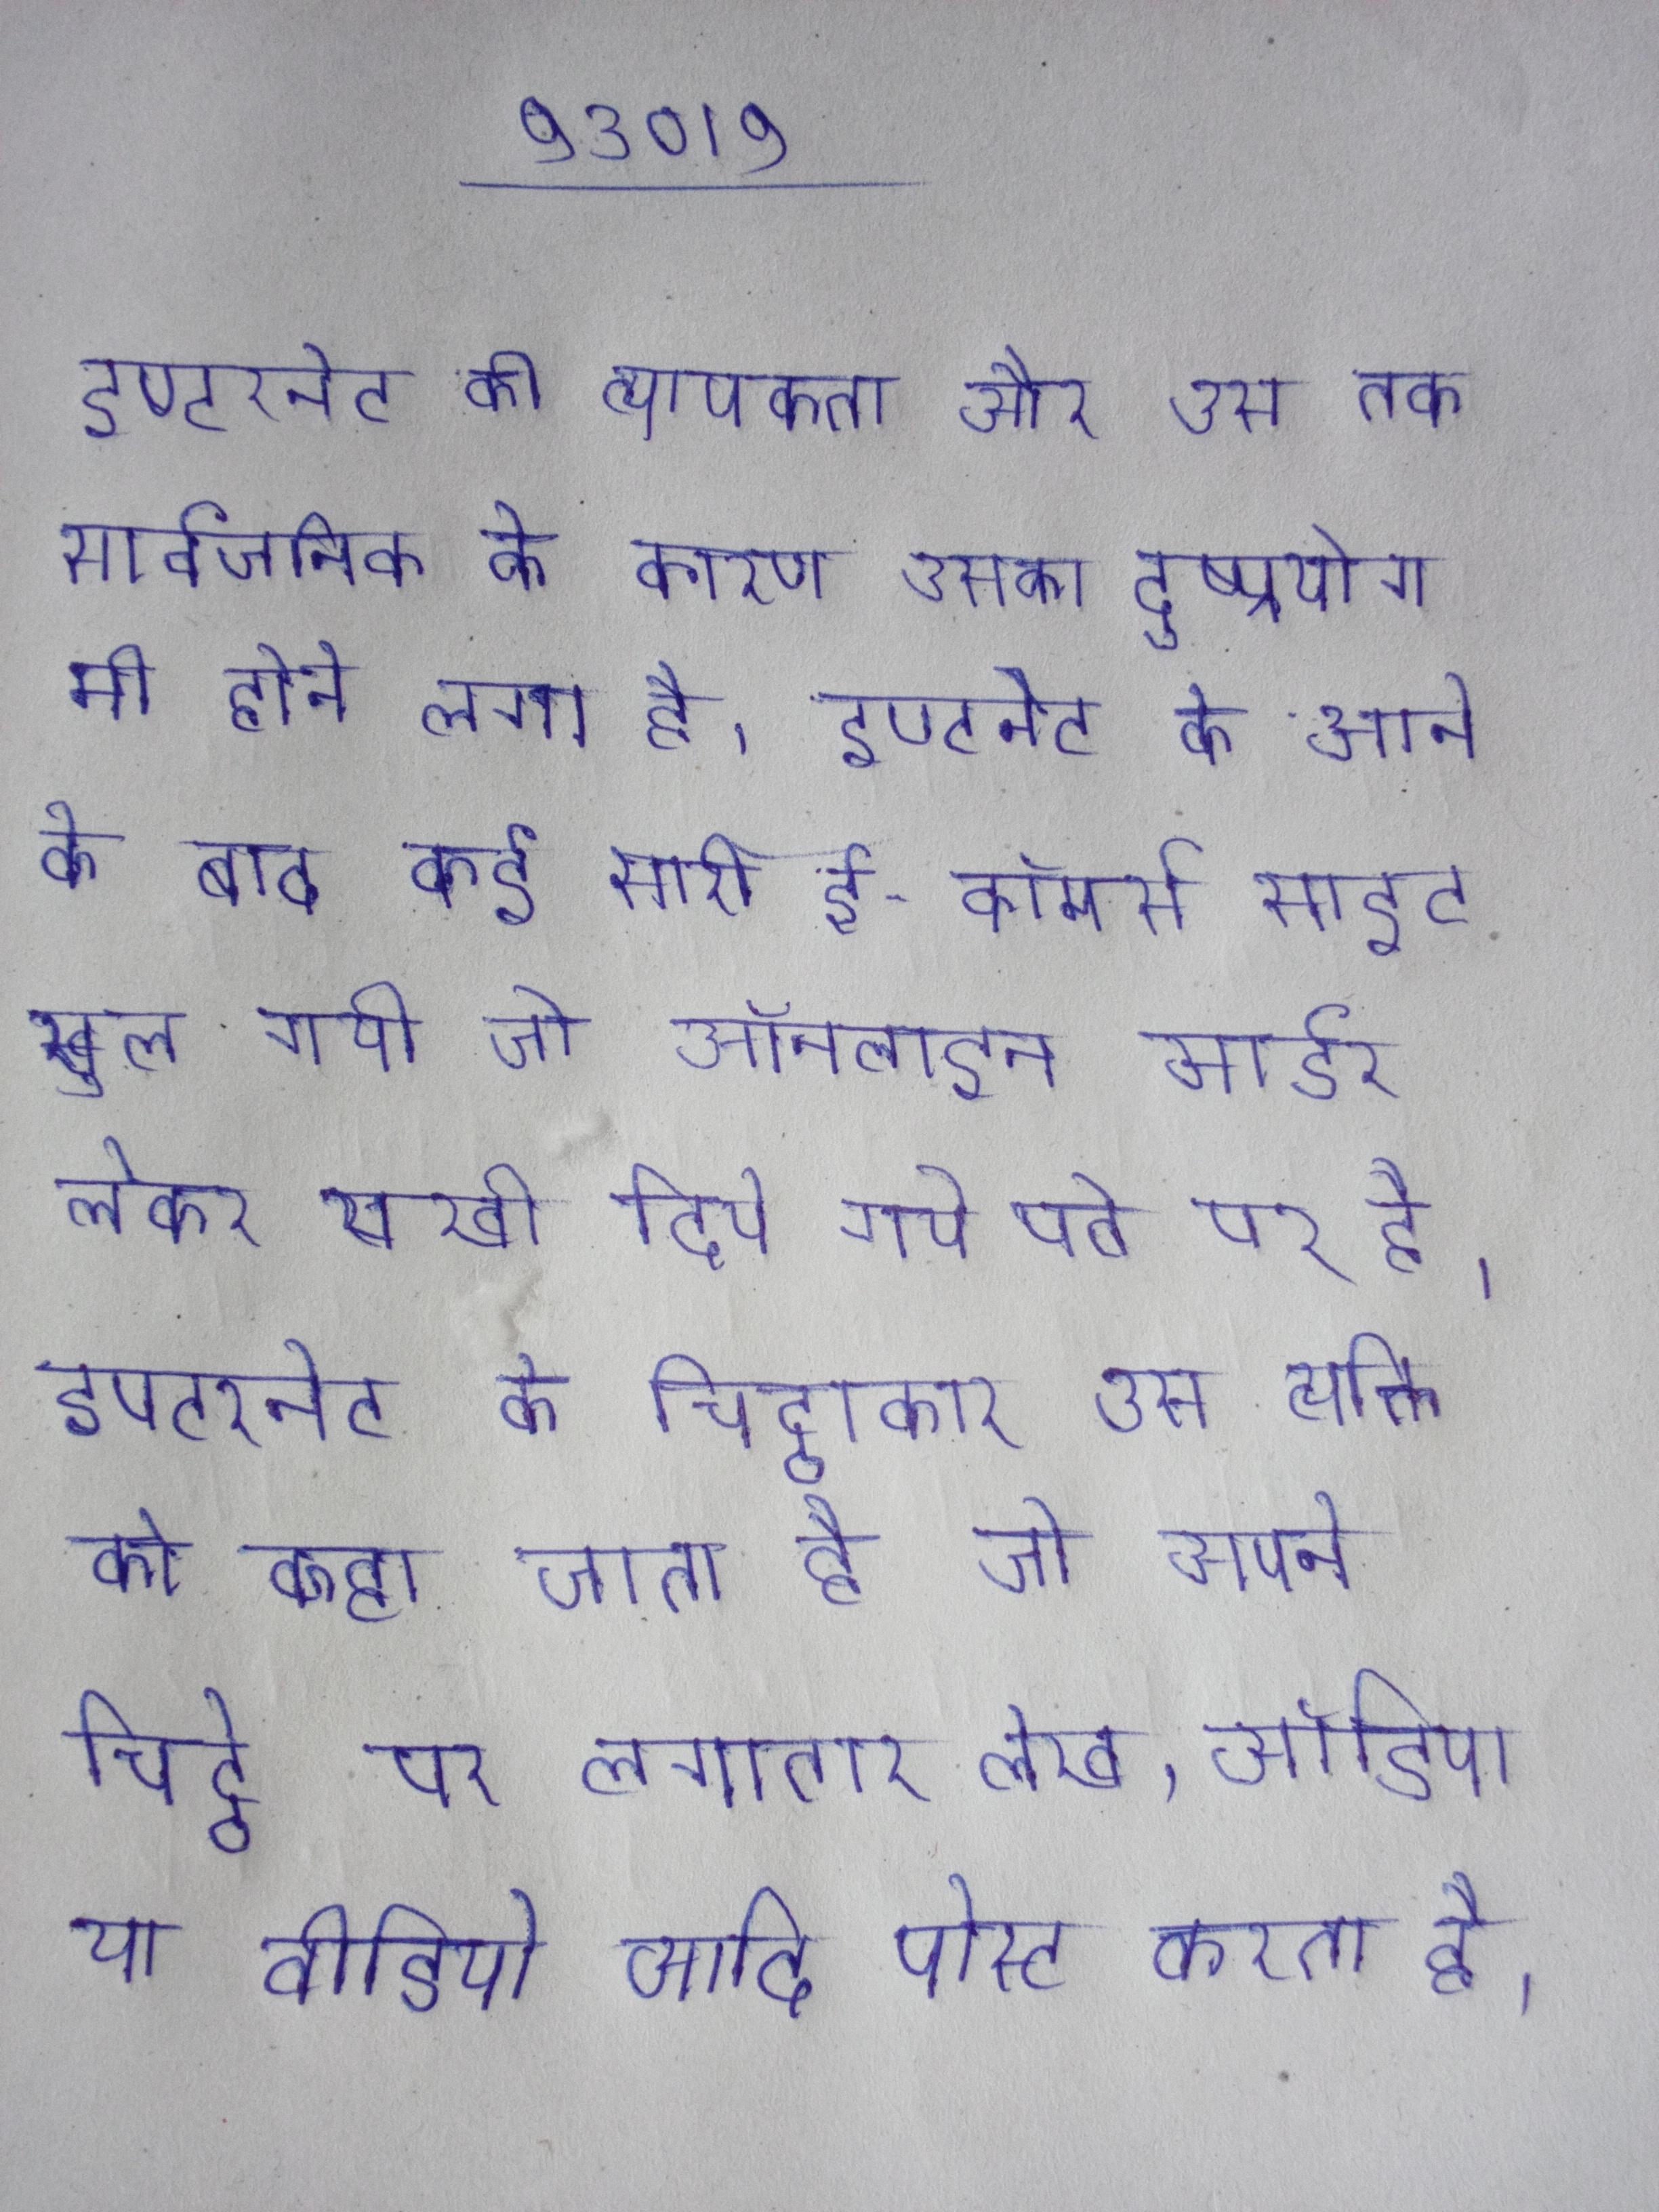
इण्टरनेट की व्यापकता और उस तक सार्वजनिक के कारण उसका दुष्प्रयोग भी होने लगा है । इण्टरनेट के आने के बाद कई सारी ई-कॉमर्स साइट खुल गयी जो ऑनलाइन आर्डर लेकर राखी दिये गये पते पर है । इण्टरनेट के चिट्ठाकार उस व्यक्ति को कहा जाता है जो अपने चिट्ठे पर लगातार लेख, ऑडिया या वीडियो आदि पोस्ट करता है ।